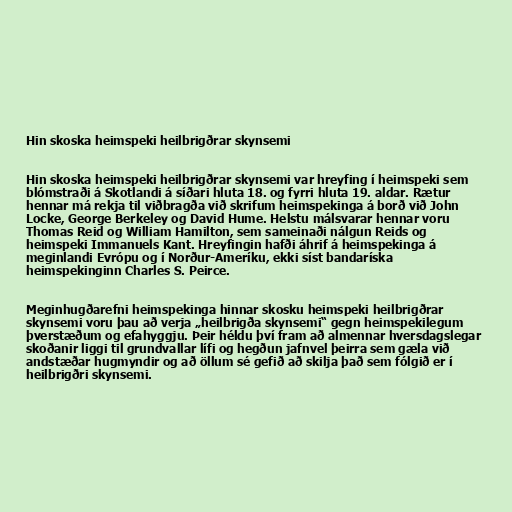
Hin skoska heimspeki heilbrigðrar skynsemi

Hin skoska heimspeki heilbrigðrar skynsemi var hreyfing í heimspeki sem
blómstraði á Skotlandi á síðari hluta 18. og fyrri hluta 19. aldar. Rætur
hennar má rekja til viðbragða við skrifum heimspekinga á borð við John
Locke, George Berkeley og David Hume. Helstu málsvarar hennar voru
Thomas Reid og William Hamilton, sem sameinaði nálgun Reids og
heimspeki Immanuels Kant. Hreyfingin hafði áhrif á heimspekinga á
meginlandi Evrópu og í Norður-Ameríku, ekki síst bandaríska
heimspekinginn Charles S. Peirce.

Meginhugðarefni heimspekinga hinnar skosku heimspeki heilbrigðrar
skynsemi voru þau að verja „heilbrigða skynsemi“ gegn heimspekilegum
þverstæðum og efahyggju. Þeir héldu því fram að almennar hversdagslegar
skoðanir liggi til grundvallar lífi og hegðun jafnvel þeirra sem gæla við
andstæðar hugmyndir og að öllum sé gefið að skilja það sem fólgið er í
heilbrigðri skynsemi.